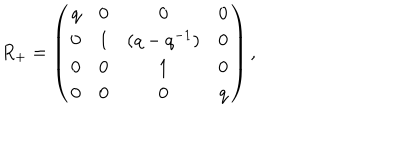
LaTeX: R _ { + } = \left( \begin{array} { c c c c } { { q } } & { { 0 } } & { { 0 } } & { { 0 } } \\ { { 0 } } & { { 1 } } & { { ( q - q ^ { - 1 } ) } } & { { 0 } } \\ { { 0 } } & { { 0 } } & { { 1 } } & { { 0 } } \\ { { 0 } } & { { 0 } } & { { 0 } } & { { q } } \\ \end{array} \right) ,